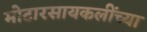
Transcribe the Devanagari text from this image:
मोटारसायकलींच्या